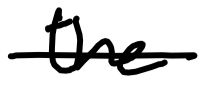
Text: the
Cross-out: single-line
Writing tool: digital_black